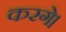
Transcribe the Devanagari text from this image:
करगे।